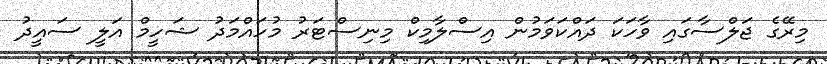
މިރޭގެ ޖަލްސާގައި ވާހަކަ ދައްކަވަމުން އިސްލާމިކް މިނިސްޓަރު މުހައްމަދު ޝަހީމް އަލީ ސައީދު